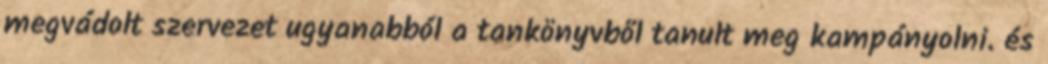
megvádolt szervezet ugyanabból a tankönyvből tanult meg kampányolni. és